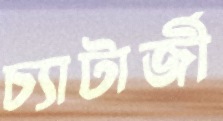
চ্যাটার্জী